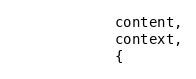
Language: JavaScript
            content,
            context,
            {